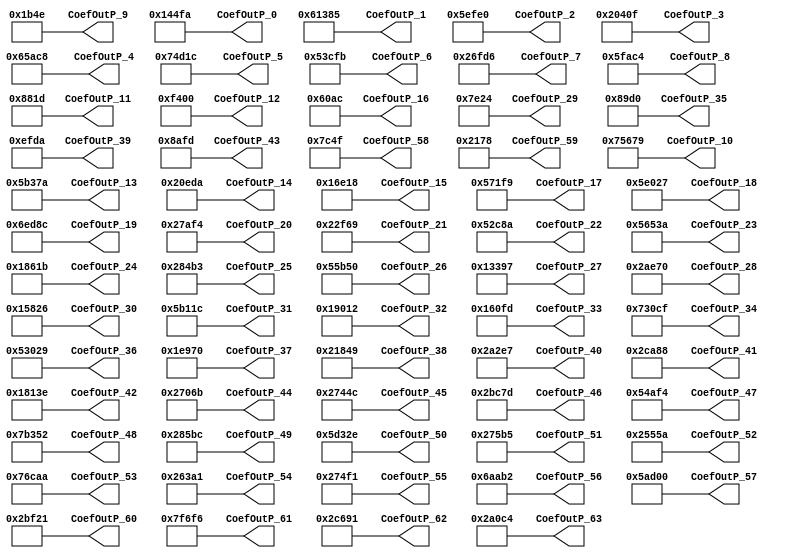
// -------------------------------------------------------------
// 
// 
// Generated by MATLAB 9.9 and HDL Coder 3.17
// 
// -------------------------------------------------------------


// -------------------------------------------------------------
// 
// Module: FilterCoef
// Source Path: project_detect/Pulse Detector/Discrete FIR Filter HDL Optimized/FilterBank/FilterCoef
// Hierarchy Level: 3
// 
// -------------------------------------------------------------

`timescale 1 ns / 1 ns

module FilterCoef
          (CoefOutP_0,
           CoefOutP_1,
           CoefOutP_2,
           CoefOutP_3,
           CoefOutP_4,
           CoefOutP_5,
           CoefOutP_6,
           CoefOutP_7,
           CoefOutP_8,
           CoefOutP_9,
           CoefOutP_10,
           CoefOutP_11,
           CoefOutP_12,
           CoefOutP_13,
           CoefOutP_14,
           CoefOutP_15,
           CoefOutP_16,
           CoefOutP_17,
           CoefOutP_18,
           CoefOutP_19,
           CoefOutP_20,
           CoefOutP_21,
           CoefOutP_22,
           CoefOutP_23,
           CoefOutP_24,
           CoefOutP_25,
           CoefOutP_26,
           CoefOutP_27,
           CoefOutP_28,
           CoefOutP_29,
           CoefOutP_30,
           CoefOutP_31,
           CoefOutP_32,
           CoefOutP_33,
           CoefOutP_34,
           CoefOutP_35,
           CoefOutP_36,
           CoefOutP_37,
           CoefOutP_38,
           CoefOutP_39,
           CoefOutP_40,
           CoefOutP_41,
           CoefOutP_42,
           CoefOutP_43,
           CoefOutP_44,
           CoefOutP_45,
           CoefOutP_46,
           CoefOutP_47,
           CoefOutP_48,
           CoefOutP_49,
           CoefOutP_50,
           CoefOutP_51,
           CoefOutP_52,
           CoefOutP_53,
           CoefOutP_54,
           CoefOutP_55,
           CoefOutP_56,
           CoefOutP_57,
           CoefOutP_58,
           CoefOutP_59,
           CoefOutP_60,
           CoefOutP_61,
           CoefOutP_62,
           CoefOutP_63);


  output  signed [18:0] CoefOutP_0;  // sfix19_En23
  output  signed [18:0] CoefOutP_1;  // sfix19_En23
  output  signed [18:0] CoefOutP_2;  // sfix19_En23
  output  signed [18:0] CoefOutP_3;  // sfix19_En23
  output  signed [18:0] CoefOutP_4;  // sfix19_En23
  output  signed [18:0] CoefOutP_5;  // sfix19_En23
  output  signed [18:0] CoefOutP_6;  // sfix19_En23
  output  signed [18:0] CoefOutP_7;  // sfix19_En23
  output  signed [18:0] CoefOutP_8;  // sfix19_En23
  output  signed [18:0] CoefOutP_9;  // sfix19_En23
  output  signed [18:0] CoefOutP_10;  // sfix19_En23
  output  signed [18:0] CoefOutP_11;  // sfix19_En23
  output  signed [18:0] CoefOutP_12;  // sfix19_En23
  output  signed [18:0] CoefOutP_13;  // sfix19_En23
  output  signed [18:0] CoefOutP_14;  // sfix19_En23
  output  signed [18:0] CoefOutP_15;  // sfix19_En23
  output  signed [18:0] CoefOutP_16;  // sfix19_En23
  output  signed [18:0] CoefOutP_17;  // sfix19_En23
  output  signed [18:0] CoefOutP_18;  // sfix19_En23
  output  signed [18:0] CoefOutP_19;  // sfix19_En23
  output  signed [18:0] CoefOutP_20;  // sfix19_En23
  output  signed [18:0] CoefOutP_21;  // sfix19_En23
  output  signed [18:0] CoefOutP_22;  // sfix19_En23
  output  signed [18:0] CoefOutP_23;  // sfix19_En23
  output  signed [18:0] CoefOutP_24;  // sfix19_En23
  output  signed [18:0] CoefOutP_25;  // sfix19_En23
  output  signed [18:0] CoefOutP_26;  // sfix19_En23
  output  signed [18:0] CoefOutP_27;  // sfix19_En23
  output  signed [18:0] CoefOutP_28;  // sfix19_En23
  output  signed [18:0] CoefOutP_29;  // sfix19_En23
  output  signed [18:0] CoefOutP_30;  // sfix19_En23
  output  signed [18:0] CoefOutP_31;  // sfix19_En23
  output  signed [18:0] CoefOutP_32;  // sfix19_En23
  output  signed [18:0] CoefOutP_33;  // sfix19_En23
  output  signed [18:0] CoefOutP_34;  // sfix19_En23
  output  signed [18:0] CoefOutP_35;  // sfix19_En23
  output  signed [18:0] CoefOutP_36;  // sfix19_En23
  output  signed [18:0] CoefOutP_37;  // sfix19_En23
  output  signed [18:0] CoefOutP_38;  // sfix19_En23
  output  signed [18:0] CoefOutP_39;  // sfix19_En23
  output  signed [18:0] CoefOutP_40;  // sfix19_En23
  output  signed [18:0] CoefOutP_41;  // sfix19_En23
  output  signed [18:0] CoefOutP_42;  // sfix19_En23
  output  signed [18:0] CoefOutP_43;  // sfix19_En23
  output  signed [18:0] CoefOutP_44;  // sfix19_En23
  output  signed [18:0] CoefOutP_45;  // sfix19_En23
  output  signed [18:0] CoefOutP_46;  // sfix19_En23
  output  signed [18:0] CoefOutP_47;  // sfix19_En23
  output  signed [18:0] CoefOutP_48;  // sfix19_En23
  output  signed [18:0] CoefOutP_49;  // sfix19_En23
  output  signed [18:0] CoefOutP_50;  // sfix19_En23
  output  signed [18:0] CoefOutP_51;  // sfix19_En23
  output  signed [18:0] CoefOutP_52;  // sfix19_En23
  output  signed [18:0] CoefOutP_53;  // sfix19_En23
  output  signed [18:0] CoefOutP_54;  // sfix19_En23
  output  signed [18:0] CoefOutP_55;  // sfix19_En23
  output  signed [18:0] CoefOutP_56;  // sfix19_En23
  output  signed [18:0] CoefOutP_57;  // sfix19_En23
  output  signed [18:0] CoefOutP_58;  // sfix19_En23
  output  signed [18:0] CoefOutP_59;  // sfix19_En23
  output  signed [18:0] CoefOutP_60;  // sfix19_En23
  output  signed [18:0] CoefOutP_61;  // sfix19_En23
  output  signed [18:0] CoefOutP_62;  // sfix19_En23
  output  signed [18:0] CoefOutP_63;  // sfix19_En23


  wire signed [18:0] CoefData;  // sfix19_En23
  wire signed [18:0] CoefData_1;  // sfix19_En23
  wire signed [18:0] CoefData_2;  // sfix19_En23
  wire signed [18:0] CoefData_3;  // sfix19_En23
  wire signed [18:0] CoefData_4;  // sfix19_En23
  wire signed [18:0] CoefData_5;  // sfix19_En23
  wire signed [18:0] CoefData_6;  // sfix19_En23
  wire signed [18:0] CoefData_7;  // sfix19_En23
  wire signed [18:0] CoefData_8;  // sfix19_En23
  wire signed [18:0] CoefData_9;  // sfix19_En23
  wire signed [18:0] CoefData_10;  // sfix19_En23
  wire signed [18:0] CoefData_11;  // sfix19_En23
  wire signed [18:0] CoefData_12;  // sfix19_En23
  wire signed [18:0] CoefData_13;  // sfix19_En23
  wire signed [18:0] CoefData_14;  // sfix19_En23
  wire signed [18:0] CoefData_15;  // sfix19_En23
  wire signed [18:0] CoefData_16;  // sfix19_En23
  wire signed [18:0] CoefData_17;  // sfix19_En23
  wire signed [18:0] CoefData_18;  // sfix19_En23
  wire signed [18:0] CoefData_19;  // sfix19_En23
  wire signed [18:0] CoefData_20;  // sfix19_En23
  wire signed [18:0] CoefData_21;  // sfix19_En23
  wire signed [18:0] CoefData_22;  // sfix19_En23
  wire signed [18:0] CoefData_23;  // sfix19_En23
  wire signed [18:0] CoefData_24;  // sfix19_En23
  wire signed [18:0] CoefData_25;  // sfix19_En23
  wire signed [18:0] CoefData_26;  // sfix19_En23
  wire signed [18:0] CoefData_27;  // sfix19_En23
  wire signed [18:0] CoefData_28;  // sfix19_En23
  wire signed [18:0] CoefData_29;  // sfix19_En23
  wire signed [18:0] CoefData_30;  // sfix19_En23
  wire signed [18:0] CoefData_31;  // sfix19_En23
  wire signed [18:0] CoefData_32;  // sfix19_En23
  wire signed [18:0] CoefData_33;  // sfix19_En23
  wire signed [18:0] CoefData_34;  // sfix19_En23
  wire signed [18:0] CoefData_35;  // sfix19_En23
  wire signed [18:0] CoefData_36;  // sfix19_En23
  wire signed [18:0] CoefData_37;  // sfix19_En23
  wire signed [18:0] CoefData_38;  // sfix19_En23
  wire signed [18:0] CoefData_39;  // sfix19_En23
  wire signed [18:0] CoefData_40;  // sfix19_En23
  wire signed [18:0] CoefData_41;  // sfix19_En23
  wire signed [18:0] CoefData_42;  // sfix19_En23
  wire signed [18:0] CoefData_43;  // sfix19_En23
  wire signed [18:0] CoefData_44;  // sfix19_En23
  wire signed [18:0] CoefData_45;  // sfix19_En23
  wire signed [18:0] CoefData_46;  // sfix19_En23
  wire signed [18:0] CoefData_47;  // sfix19_En23
  wire signed [18:0] CoefData_48;  // sfix19_En23
  wire signed [18:0] CoefData_49;  // sfix19_En23
  wire signed [18:0] CoefData_50;  // sfix19_En23
  wire signed [18:0] CoefData_51;  // sfix19_En23
  wire signed [18:0] CoefData_52;  // sfix19_En23
  wire signed [18:0] CoefData_53;  // sfix19_En23
  wire signed [18:0] CoefData_54;  // sfix19_En23
  wire signed [18:0] CoefData_55;  // sfix19_En23
  wire signed [18:0] CoefData_56;  // sfix19_En23
  wire signed [18:0] CoefData_57;  // sfix19_En23
  wire signed [18:0] CoefData_58;  // sfix19_En23
  wire signed [18:0] CoefData_59;  // sfix19_En23
  wire signed [18:0] CoefData_60;  // sfix19_En23
  wire signed [18:0] CoefData_61;  // sfix19_En23
  wire signed [18:0] CoefData_62;  // sfix19_En23
  wire signed [18:0] CoefData_63;  // sfix19_En23


  // CoefReg_1
  assign CoefData = 19'sb0010100010011111010;



  assign CoefOutP_0 = CoefData;

  // CoefReg_2
  assign CoefData_1 = 19'sb1100001001110000101;



  assign CoefOutP_1 = CoefData_1;

  // CoefReg_3
  assign CoefData_2 = 19'sb1011110111111100000;



  assign CoefOutP_2 = CoefData_2;

  // CoefReg_4
  assign CoefData_3 = 19'sb0100000010000001111;



  assign CoefOutP_3 = CoefData_3;

  // CoefReg_5
  assign CoefData_4 = 19'sb1100101101011001000;



  assign CoefOutP_4 = CoefData_4;

  // CoefReg_6
  assign CoefData_5 = 19'sb1110100110100011100;



  assign CoefOutP_5 = CoefData_5;

  // CoefReg_7
  assign CoefData_6 = 19'sb1010011110011111011;



  assign CoefOutP_6 = CoefData_6;

  // CoefReg_8
  assign CoefData_7 = 19'sb0100110111111010110;



  assign CoefOutP_7 = CoefData_7;

  // CoefReg_9
  assign CoefData_8 = 19'sb1011111101011000100;



  assign CoefOutP_8 = CoefData_8;

  // CoefReg_10
  assign CoefData_9 = 19'sb0000001101101001110;



  assign CoefOutP_9 = CoefData_9;

  // CoefReg_11
  assign CoefData_10 = 19'sb1110101011001111001;



  assign CoefOutP_10 = CoefData_10;

  // CoefReg_12
  assign CoefData_11 = 19'sb0001000100000011101;



  assign CoefOutP_11 = CoefData_11;

  // CoefReg_13
  assign CoefData_12 = 19'sb0001111010000000000;



  assign CoefOutP_12 = CoefData_12;

  // CoefReg_14
  assign CoefData_13 = 19'sb1011011001101111010;



  assign CoefOutP_13 = CoefData_13;

  // CoefReg_15
  assign CoefData_14 = 19'sb0100000111011011010;



  assign CoefOutP_14 = CoefData_14;

  // CoefReg_16
  assign CoefData_15 = 19'sb0010110111000011000;



  assign CoefOutP_15 = CoefData_15;

  // CoefReg_17
  assign CoefData_16 = 19'sb0000110000010101100;



  assign CoefOutP_16 = CoefData_16;

  // CoefReg_18
  assign CoefData_17 = 19'sb1010111000111111001;



  assign CoefOutP_17 = CoefData_17;

  // CoefReg_19
  assign CoefData_18 = 19'sb1011110000000100111;



  assign CoefOutP_18 = CoefData_18;

  // CoefReg_20
  assign CoefData_19 = 19'sb1101110110110001100;



  assign CoefOutP_19 = CoefData_19;

  // CoefReg_21
  assign CoefData_20 = 19'sb0100111101011110100;



  assign CoefOutP_20 = CoefData_20;

  // CoefReg_22
  assign CoefData_21 = 19'sb0100010111101101001;



  assign CoefOutP_21 = CoefData_21;

  // CoefReg_23
  assign CoefData_22 = 19'sb1010010110010001010;



  assign CoefOutP_22 = CoefData_22;

  // CoefReg_24
  assign CoefData_23 = 19'sb1010110010100111010;



  assign CoefOutP_23 = CoefData_23;

  // CoefReg_25
  assign CoefData_24 = 19'sb0011000011000011011;



  assign CoefOutP_24 = CoefData_24;

  // CoefReg_26
  assign CoefData_25 = 19'sb0101000010010110011;



  assign CoefOutP_25 = CoefData_25;

  // CoefReg_27
  assign CoefData_26 = 19'sb1010101101101010000;



  assign CoefOutP_26 = CoefData_26;

  // CoefReg_28
  assign CoefData_27 = 19'sb0010011001110010111;



  assign CoefOutP_27 = CoefData_27;

  // CoefReg_29
  assign CoefData_28 = 19'sb0101010111001110000;



  assign CoefOutP_28 = CoefData_28;

  // CoefReg_30
  assign CoefData_29 = 19'sb0000111111000100100;



  assign CoefOutP_29 = CoefData_29;

  // CoefReg_31
  assign CoefData_30 = 19'sb0010101100000100110;



  assign CoefOutP_30 = CoefData_30;

  // CoefReg_32
  assign CoefData_31 = 19'sb1011011000100011100;



  assign CoefOutP_31 = CoefData_31;

  // CoefReg_33
  assign CoefData_32 = 19'sb0011001000000010010;



  assign CoefOutP_32 = CoefData_32;

  // CoefReg_34
  assign CoefData_33 = 19'sb0010110000011111101;



  assign CoefOutP_33 = CoefData_33;

  // CoefReg_35
  assign CoefData_34 = 19'sb1110011000011001111;



  assign CoefOutP_34 = CoefData_34;

  // CoefReg_36
  assign CoefData_35 = 19'sb0001000100111010000;



  assign CoefOutP_35 = CoefData_35;

  // CoefReg_37
  assign CoefData_36 = 19'sb1010011000000101001;



  assign CoefOutP_36 = CoefData_36;

  // CoefReg_38
  assign CoefData_37 = 19'sb0011110100101110000;



  assign CoefOutP_37 = CoefData_37;

  // CoefReg_39
  assign CoefData_38 = 19'sb0100001100001001001;



  assign CoefOutP_38 = CoefData_38;

  // CoefReg_40
  assign CoefData_39 = 19'sb0001110111111011010;



  assign CoefOutP_39 = CoefData_39;

  // CoefReg_41
  assign CoefData_40 = 19'sb0101010001011100111;



  assign CoefOutP_40 = CoefData_40;

  // CoefReg_42
  assign CoefData_41 = 19'sb0101100101010001000;



  assign CoefOutP_41 = CoefData_41;

  // CoefReg_43
  assign CoefData_42 = 19'sb0011000000100111110;



  assign CoefOutP_42 = CoefData_42;

  // CoefReg_44
  assign CoefData_43 = 19'sb0001000101011111101;



  assign CoefOutP_43 = CoefData_43;

  // CoefReg_45
  assign CoefData_44 = 19'sb0100111000001101011;



  assign CoefOutP_44 = CoefData_44;

  // CoefReg_46
  assign CoefData_45 = 19'sb0100111010001001100;



  assign CoefOutP_45 = CoefData_45;

  // CoefReg_47
  assign CoefData_46 = 19'sb0101011110001111101;



  assign CoefOutP_46 = CoefData_46;

  // CoefReg_48
  assign CoefData_47 = 19'sb1010100101011110100;



  assign CoefOutP_47 = CoefData_47;

  // CoefReg_49
  assign CoefData_48 = 19'sb1111011001101010010;



  assign CoefOutP_48 = CoefData_48;

  // CoefReg_50
  assign CoefData_49 = 19'sb0101000010110111100;



  assign CoefOutP_49 = CoefData_49;

  // CoefReg_51
  assign CoefData_50 = 19'sb1011101001100101110;



  assign CoefOutP_50 = CoefData_50;

  // CoefReg_52
  assign CoefData_51 = 19'sb0100111010110110101;



  assign CoefOutP_51 = CoefData_51;

  // CoefReg_53
  assign CoefData_52 = 19'sb0100101010101011010;



  assign CoefOutP_52 = CoefData_52;

  // CoefReg_54
  assign CoefData_53 = 19'sb1110110110010101010;



  assign CoefOutP_53 = CoefData_53;

  // CoefReg_55
  assign CoefData_54 = 19'sb0100110001110100001;



  assign CoefOutP_54 = CoefData_54;

  // CoefReg_56
  assign CoefData_55 = 19'sb0100111010011110001;



  assign CoefOutP_55 = CoefData_55;

  // CoefReg_57
  assign CoefData_56 = 19'sb1101010101010110010;



  assign CoefOutP_56 = CoefData_56;

  // CoefReg_58
  assign CoefData_57 = 19'sb1011010110100000000;



  assign CoefOutP_57 = CoefData_57;

  // CoefReg_59
  assign CoefData_58 = 19'sb0000111110001001111;



  assign CoefOutP_58 = CoefData_58;

  // CoefReg_60
  assign CoefData_59 = 19'sb0000010000101111000;



  assign CoefOutP_59 = CoefData_59;

  // CoefReg_61
  assign CoefData_60 = 19'sb0101011111100100001;



  assign CoefOutP_60 = CoefData_60;

  // CoefReg_62
  assign CoefData_61 = 19'sb1111111011011110110;



  assign CoefOutP_61 = CoefData_61;

  // CoefReg_63
  assign CoefData_62 = 19'sb0101100011010010001;



  assign CoefOutP_62 = CoefData_62;

  // CoefReg_64
  assign CoefData_63 = 19'sb0101010000011000100;



  assign CoefOutP_63 = CoefData_63;

endmodule  // FilterCoef